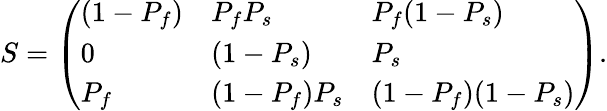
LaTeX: S=\left(\begin{array}{lll}{{(1-P_{f})}}&{{P_{f}P_{s}}}&{{P_{f}(1-P_{s})}}\\ {{0}}&{{(1-P_{s})}}&{{P_{s}}}\\ {{P_{f}}}&{{(1-P_{f})P_{s}}}&{{(1-P_{f})(1-P_{s})}}\end{array}\right).